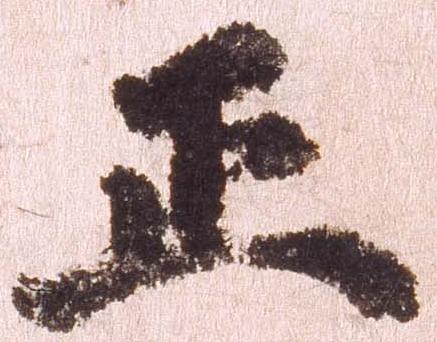
正